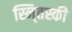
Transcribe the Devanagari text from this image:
स्नि्तस्की